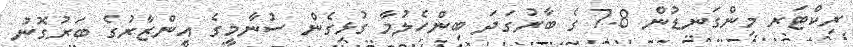
ރިކްޓަރ މިންގަނޑުން 7.8 ގެ ބާރުގަދަ ބިންހެލުމާ ގުޅިގެން ސުނާމީގެ އިންޒާރުގެ ބަރުގޮނު